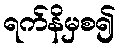
ရက်နိမှစ၍